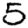
Digit: 5